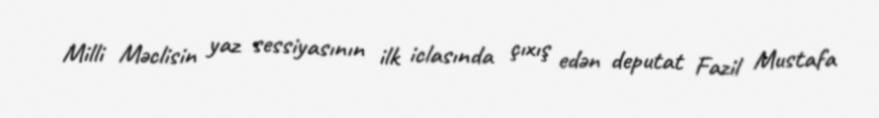
Milli Məclisin yaz sessiyasının ilk iclasında çıxış edən deputat Fazil Mustafa